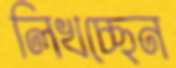
লিখচ্ছেন